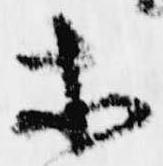
等